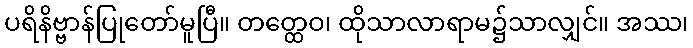
ပရိနိဗ္ဗာန်ပြုတော်မူပြီ။ တတ္ထေဝ၊ ထိုသာလာရာမ၌သာလျှင်။ အဿ၊